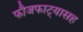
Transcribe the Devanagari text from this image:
फौजफाट्यासह